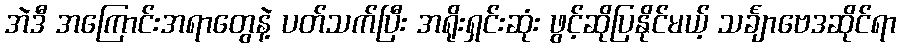
အဲဒီ အကြောင်းအရာတွေနဲ့ ပတ်သက်ပြီး အရိုးရှင်းဆုံး ဖွင့်ဆိုပြနိုင်မယ့် သင်္ချာဗေဒဆိုင်ရာ